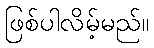
ဖြစ်ပါလိမ့်မည်။